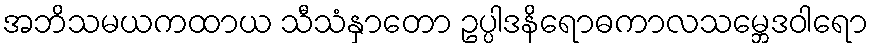
အဘိသမယကထာယ သီသံနှာတော ဥပ္ပါဒနိရောဓကာလသမ္ဘေဒဝါရော